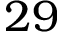
2 9